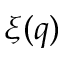
\xi ( q )